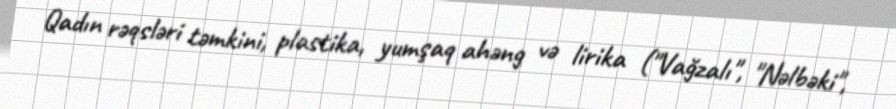
Qadın rəqsləri təmkini, plastika, yumşaq ahəng və lirika ("Vağzalı", "Nəlbəki",